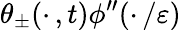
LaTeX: \theta_{\pm}(\cdot\, ,t)\phi^{\prime\prime}(\cdot\, /\varepsilon)